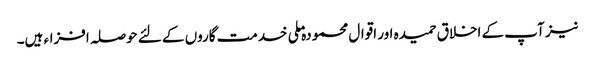
نیز آپ کے اخلاق حمیدہ اور اقوال محمودہ ملی خدمت گاروں کے لئے حوصلہ افزاء ہیں۔